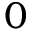
0